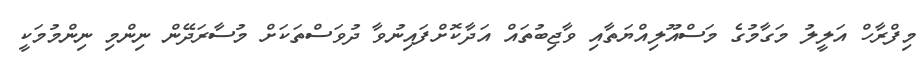
މިފްރާހް އަލީލު މަގާމުގެ މަސްއޫލިއްޔަތާއި ވާޖިބުތައް އަދާކޮށްފައިނުވާ ދުވަސްތަކަށް މުސާރަދޭން ނިންމި ނިންމުމަކީ